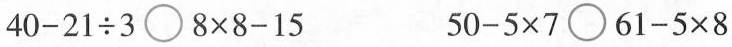
$$40-21 \div3\bigcirc 8\times8-15$$ $$50-5\times7 \bigcirc 61-5\times8$$